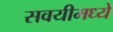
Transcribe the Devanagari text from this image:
सवयीमध्ये